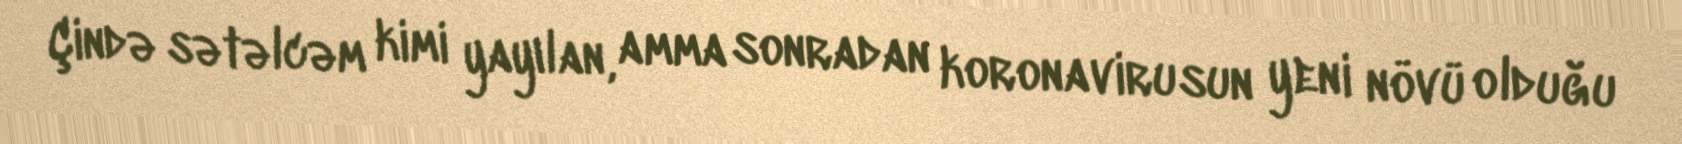
Çində sətəlcəm kimi yayılan, amma sonradan koronavirusun yeni növü olduğu